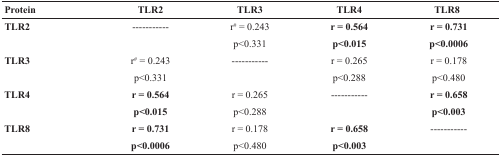
| Protein | TLR2 | TLR3 | TLR4 | TLR8 |
 | --- | --- | --- | --- | --- |
 | TLR2 | ----------- | r# = 0.243 | r = 0.564 | r = 0.731 |
 |  |  | p<0.331 | p<0.015 | p<0.0006 |
 | TLR3 | r# = 0.243 | ----------- | r = 0.265 | r = 0.178 |
 |  | p<0.331 |  | p<0.288 | p<0.480 |
 | TLR4 | r = 0.564 | r = 0.265 | ----------- | r = 0.658 |
 |  | p<0.015 | p<0.288 |  | p<0.003 |
 | TLR8 | r = 0.731 | r = 0.178 | r = 0.658 | ----------- |
 |  | p<0.0006 | p<0.480 | p<0.003 |  |